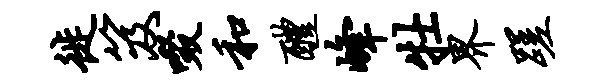
徙笈啜和醴峰牡界蹉